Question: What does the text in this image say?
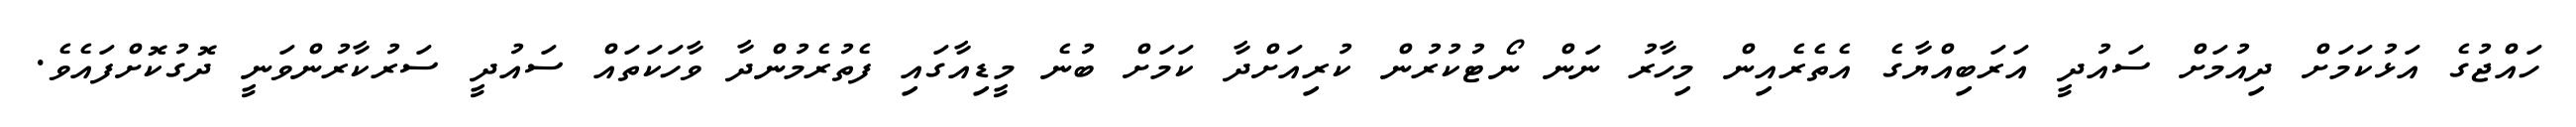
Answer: ހައްޖުގެ އަޅުކަމަށް ދިއުމަށް ސައުދީ އަރަބިއްޔާގެ އެތެރެއިން މިހާރު ނަން ނޯޓުކުރުން ކުރިއަށްދާ ކަމަށް ބުނެ މީޑިއާގައި ފެތުރެމުންދާ ވާހަކަތައް ސައުދީ ސަރުކާރުންވަނީ ދޮގުކޮށްފައެވެ.